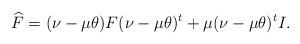
LaTeX: \begin{align*}\widehat F= (\nu-\mu\theta)F(\nu-\mu\theta)^t + \mu(\nu-\mu\theta)^tI.\end{align*}